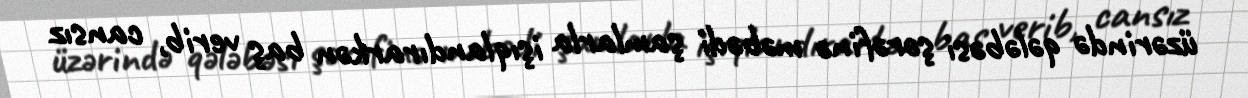
üzərində qələbəsi şərəfinə məbədi şamlarla işıqlandırarkən baş verib, cansız